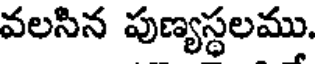
వలసిన పుణ్యస్థలము.